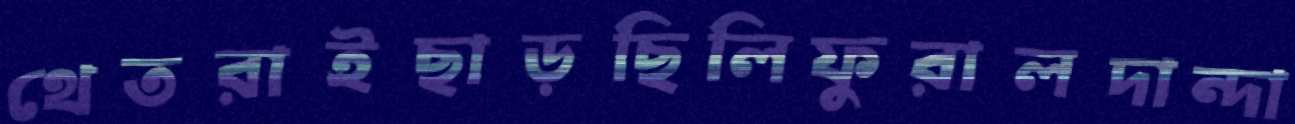
থেতরাইছাড়ছিলিফুরালদান্দা